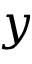
y